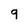
Character: g